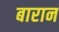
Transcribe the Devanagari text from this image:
बारान